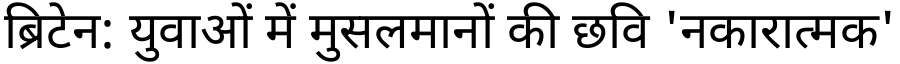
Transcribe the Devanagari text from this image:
ब्रिटेन: युवाओं में मुसलमानों की छवि 'नकारात्मक'